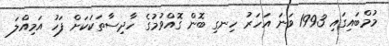
މުމްބައިގައި 1993 ވަނަ އަހަރު ހިނގި ބޮން ގޮއްވުމުގެ ހާދިސާތަކަކަށް ފަހު އަމިއްލަ